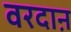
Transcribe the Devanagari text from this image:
वरदाऩ